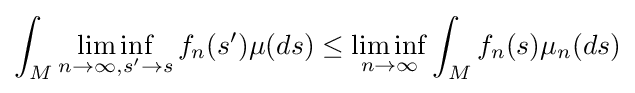
\int _{M}\liminf _{n\rightarrow \infty ,s'\rightarrow s}f_{n}(s')\mu (ds)\leq \liminf _{n\rightarrow \infty }\int _{M}f_{n}(s)\mu _{n}(ds)